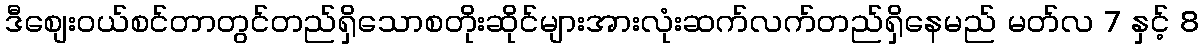
ဒီစျေးဝယ်စင်တာတွင်တည်ရှိသောစတိုးဆိုင်များအားလုံးဆက်လက်တည်ရှိနေမည် မတ်လ 7 နှင့် 8